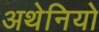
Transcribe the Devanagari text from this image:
अथेनियो